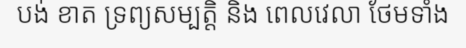
បង់ ខាត ទ្រព្យសម្បត្តិ និង ពេលវេលា ថែមទាំង